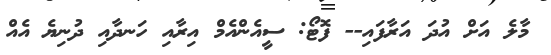
މާލެ އަށް އުދަ އަރާފައި-- ފޮޓޯ: ސީއެންއެމް އިރާއި ހަނދާއި ދުނިޔެ އެއް